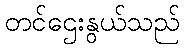
တင်ဌေးနွယ်သည်